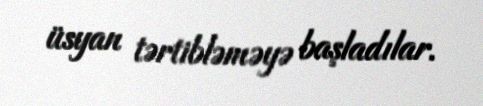
üsyan tərtibləməyə başladılar.